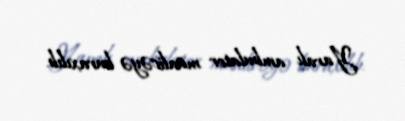
Yaralı ambulator müalicəyə buraxılıb.